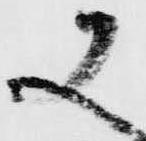
又